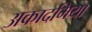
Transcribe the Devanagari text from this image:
अकादमिया